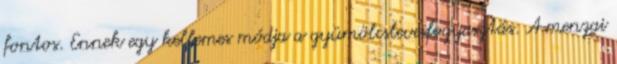
fontos. Ennek egy kellemes módja a gyümölcslevesfogyasztás. A menzai